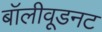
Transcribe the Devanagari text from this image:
बॉलीवूडनट